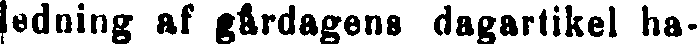
ledning af gårdagens dagartikel ha-